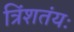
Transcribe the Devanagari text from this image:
त्रिंशतंयः